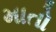
માતો